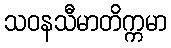
သဝနသီမာတိက္ကမာ